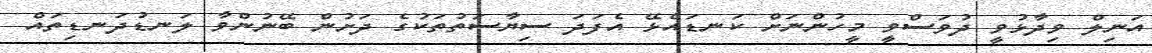
އަނިލް ވިދާޅުވީ ދުވަސްވީ މީހުންނަށް ކަނޑައެޅޭ އެފަދަ ސިޔާސަތުތަކުގެ ދަށުން ބޭނުންވާ ލަނޑުދަނޑިތައް